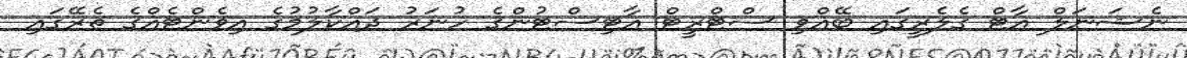
ނެޝަނަލް އާޓް ގެލެރީގައި ބޭއްވި ސްޓްރީޓް އާޓިސްޓުންގެ ހުނަރު ދައްކާލުމުގެ އިވެންޓެއްގެ ތެރޭގައި